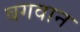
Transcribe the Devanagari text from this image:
बगवान